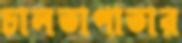
চালতাপাতার